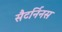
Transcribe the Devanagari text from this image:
सैटर्निनस